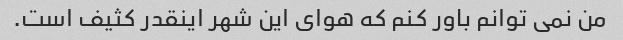
من نمی توانم باور کنم که هوای این شهر اینقدر کثیف است.